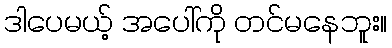
ဒါပေမယ့် အပေါ်ကို တင်မနေဘူး။